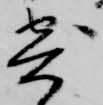
寄